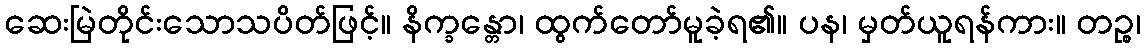
ဆေးမြဲတိုင်းသောသပိတ်ဖြင့်။ နိက္ခန္တော၊ ထွက်တော်မူခဲ့ရ၏။ ပန၊ မှတ်ယူရန်ကား။ တဉ္စ၊